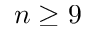
n \geq 9